65_HS1-834228961_62-HQ-83894_Section_1
Agency: FBI
Page 65
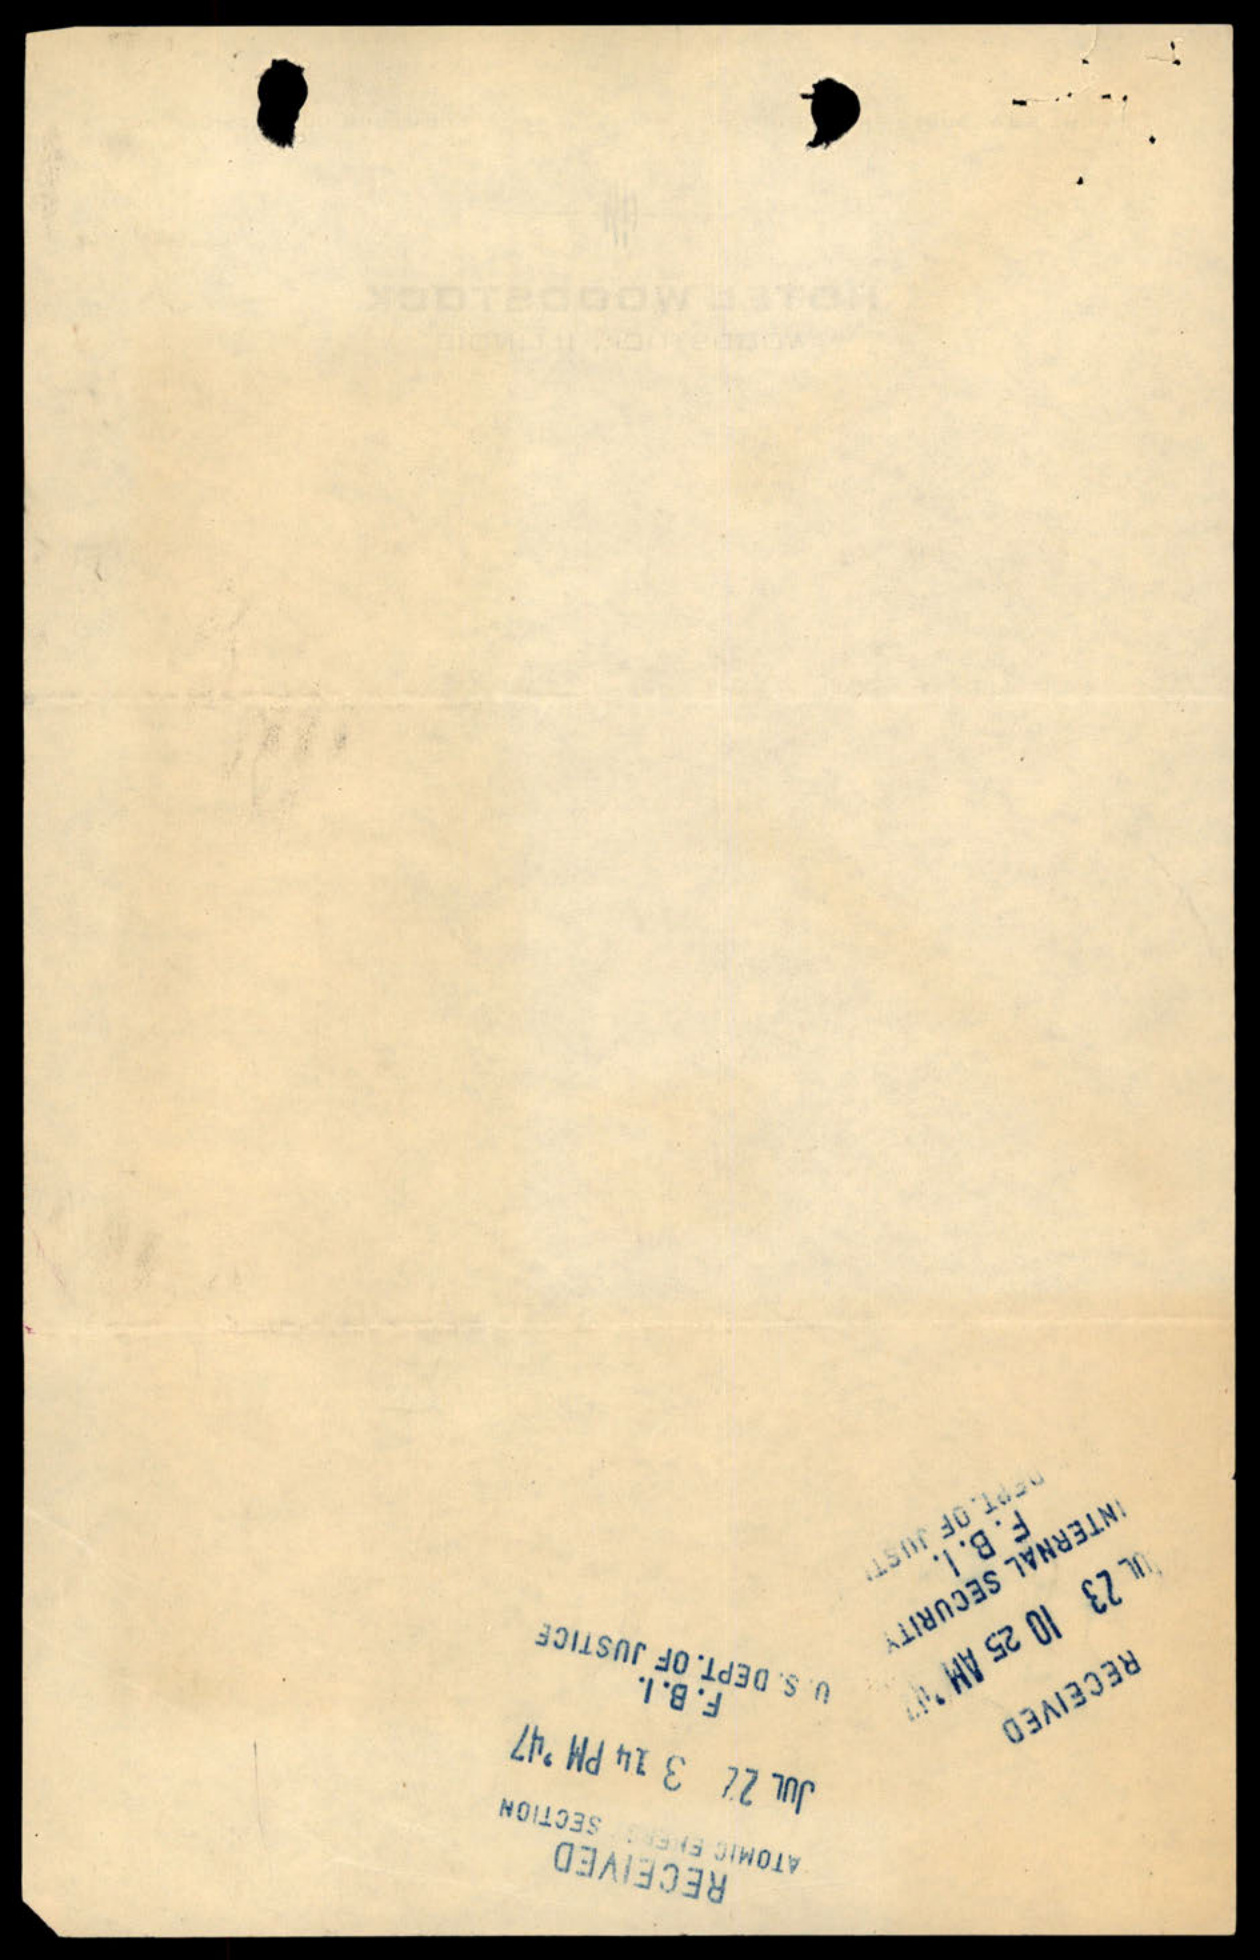